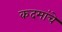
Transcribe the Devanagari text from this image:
कदमांचे